Lunatic asylums in Bengal annual reports 1888-1898 - 1888-1898
Year: 1888
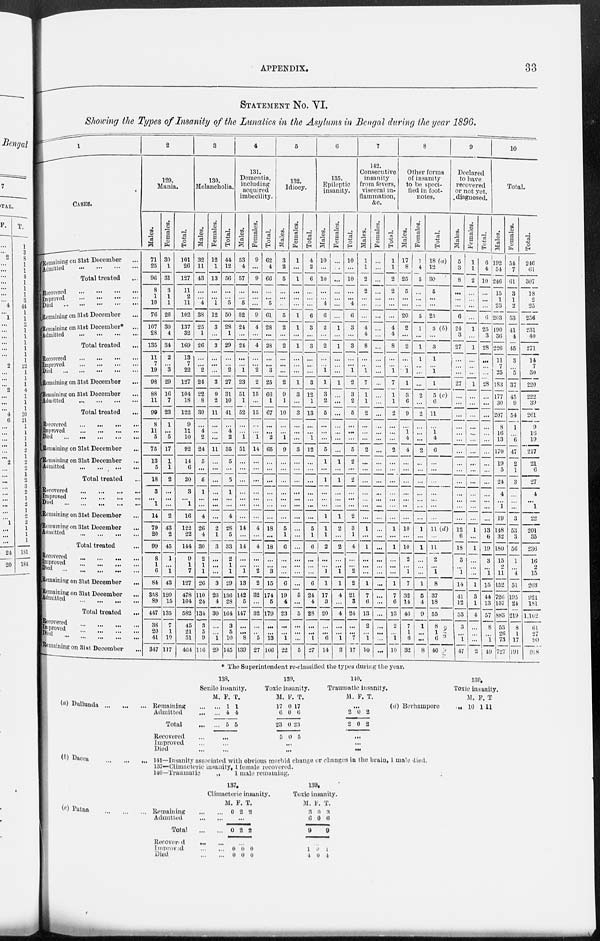
APPENDIX.
33
STATEMENT No. VI.
Showing the Types of Insanity of the Lunatics in the Asylums in Bengal during the year 1896.
CASES.
Remaining on 31st December
...
Admitted
...
...
...
...
Total treated ...
Recovered
...
...
...
...
Improved
...
...
...
...
Died
...
...
...
...
...
Remaining on 31st December
...
Remaining on 31st December*
...
Admitted
...
...
...
...
Total treated ...
Recovered
...
...
...
...
Improved
...
...
...
...
Died
...
...
...
...
...
Remaining on 31st December ...
Remaining on 31st December ...
Admitted
...
...
...
...
Total treated ...
Recovered
...
...
...
...
Improved
...
...
...
...
Died
...
...
...
...
...
Remaining on 31st December ...
Remaining on 31st December ...
Admitted
...
...
...
...
Total treated ...
Recovered
...
...
...
...
Improved
...
...
...
...
Died
...
...
...
...
...
Remaining on 31st December ...
Remaining on 31st December ...
Admitted
...
...
...
...
Total treated ...
Recovered
...
...
...
...
Improved
...
...
...
...
Died
...
...
...
...
...
Remaining on 31 st December ...
Remaining on 31st December
...
Admitted
...
...
...
...
Total treated
...
Recovered ... ... ... ...
Improved ... ... ... ...
Died ... ... ... ... ...
Remaining on 31 st December ...
2
129.
Mania.
Males.
71
25
96
8
1
10
76
107
28
135
11
7
19
98
88
11
99
8
11
5
75
13
5
18
3
...
1
14
79
20
99
8
1
6
84
358
89
447
38
20
41
347
Females.
30
1
31
3
1
1
26
30
4
34
2
... 3
29
16
7
23
1
...
5
17
1
1
2
...
...
...
2
43
2
45
1
...
1
43
120
15
135
7
1
19
117
Total.
101
26
127
11
2
11
102
137
32
169
13
7
22
127
104
18
122
9
11
10
92
14
6
20
3
... 1
16
122
22
144
9
1
7
127
478
104
582
45
21
51
464
3
130.
Melancholia.
Males.
32
11
43
...
...
4
38
25
1
26
...
... 2
24
22
8
30
...
4
2
24
5
...
5
1
...
...
4
26
4
30
2
1
1
26
110
24
134
3
5
9
116
Females.
12
1
13
...
...
1
12
3
...
3
...
...
...
3
9
2
11
...
...
...
11
...
...
...
...
...
...
...
2
1
3
...
...
...
3
26
4
30
...
...
1
29
Total.
44
12
56
...
...
5
50
28
1
29
...
... 2
27
31
10
41
...
4
2
35
5
...
5
1
...
...
4
28
5
33
2
1
1
29
136
28
164
3
5
10
145
4
131.
Dementia,
including
acquired
imbecility.
Males.
53
4
57
...
...
5
52
24
...
24
...
... 1
23
51
1
52
...
...
1
51
...
...
...
...
...
...
...
14
...
14
...
...
1
13
142
5
147
...
...
8
139
Females.
9
...
9
...
...
...
9
4
...
4
...
... 2
2
15
...
15
...
...
1
14
...
...
...
...
...
...
...
4
...
4
...
...
2
2
32
...
32
...
...
5
27
Total.
62
4
66
...
...
5
61
28
...
28
...
... 3
25
66
1
67
...
...
2
65
...
...
...
...
...
...
...
18
...
18
...
...
3
15
174
5
179
...
...
13
166
5
132.
Idiocy.
Males.
3
2
5
...
...
...
5
2
...
2
...
...
...
2
9
1
10
...
...
1
9
...
...
...
...
...
...
...
5
1
6
...
...
...
6
19
4
23
...
...
1
22
Females.
1
...
1
...
...
...
1
1
...
1
...
...
...
1
3
...
3
...
...
...
3
...
...
...
...
...
...
...
...
...
...
...
...
...
...
5
...
5
...
...
...
5
Total.
4
2
6
...
...
...
6
3
...
3
...
...
...
3
12
1
13
...
...
1
12
...
...
...
...
...
...
...
5
1
6
...
...
...
6
24
4
28
...
...
1
27
6
135.
Epileptic
insanity.
Males.
10
...
10
...
...
4
6
2
...
2
...
...
1
1
3
2
5
...
...
...
5
1
...
1
...
...
...
1
1
1
2
...
...
1
1
17
3
20
...
...
6
14
Females.
...
...
...
...
...
...
...
1
...
1
...
...
...
1
...
...
...
...
...
...
...
1
...
1
...
...
...
1
2
...
2
...
...
1
1
4
...
4
...
...
1
3
Total.
10
...
10
...
...
4
6
3
...
3
...
... 1
2
3
2
5
...
...
...
5
2
...
2
...
...
...
2
3
1
4
...
...
2
2
21
3
24
...
...
7
17
7
142.
Consecutive
insanity
from fevers,
visceral in-
flammation,
&c.
Males.
1
1
2
2
...
...
...
4
4
8
...
... 1
7
1
1
2
...
...
...
2
...
...
...
...
...
...
...
1
...
1
...
...
...
1
7
6
13
2
...
1
10
Females.
...
...
...
...
...
...
...
...
...
...
...
...
...
...
...
...
...
...
...
...
...
...
...
...
...
...
...
...
...
...
...
...
...
...
...
...
...
...
...
...
...
...
Total.
1
1
2
2
...
...
...
4
4
8
...
... 1
7
1
1
2
...
...
...
2
...
...
...
...
...
...
...
1
...
1
...
...
...
1
7
6
13
2
...
1
10
8
Other forms
of insanity
to be speci-
fied in foot-
notes.
Males.
17
8
25
5
...
...
20
2
...
2
...
...
1
1
3
6
9
...
1
4
4
...
...
...
...
...
...
...
10
...
10
2
...
1
7
32
14
46
7
1
6
32
Females.
1
4
5
...
...
...
5
1
...
1
1
...
...
...
2
...
2
...
...
...
2
...
...
...
...
...
...
...
1
...
1
...
...
...
1
5
4
9
1
...
...
8
Total.
18 (a)
12
30
5
...
...
25
3 (b)
...
3
1
...
1
1
5 (c)
6
11
...
1 4
6
...
...
...
...
...
...
...
11 (d)
...
11
2
...
1
8
37
18
55
8
1
6
40
9
Declared
to have
recovered
or not yet.
diagnosed.
Males.
5
3
8
...
...
...
6
24
3
27
...
...
...
27
...
...
...
...
... ...
...
...
...
...
...
...
...
...
12
6
18
3
...
1
14
41
12
53
3
...
1
47
Females.
1
1
2
...
...
...
...
1
...
1
...
...
...
1
...
...
...
...
...
...
...
...
...
...
...
...
...
...
1
...
1
...
...
...
1
3
1
4
...
...
...
2
Total.
6
4
10
...
...
...
6
25
3
28
...
...
...
28
...
...
...
...
...
...
...
...
...
...
...
...
...
...
13
6
19
3
...
1
15
44
13
57
8
...
1
49
10
Total.
Males.
192
54
246
15
1
23
203
190
36
226
11
7
25
183
177
30
207
8
16
13
170
19
5
24
4
... 1
19
148
32
180
15
2
11
152
726
157
883
53
26 73
727
Females.
54
7
61
3
1
2
53
41
4
45
3
...
5
37
45
9
54
1
...
6
47
2
1
3
...
...
...
3
53
3
56
1
...
4
51
195
24
219
8
1
17
191
Total.
246
61
307
18
2
25
256
231
40
271
14
7
30
220
222
39
261
9
16
19
217
21
6
27
4
... 1
22
201
35
236
16
2
15
203
921
181
1,102
61
27
90
918
* The Superintendent re-classified the types during the year.
(a) Dullunda
...
...
... Remaining ...
Admitted ...
Total ...
Recovered ...
Improved ...
Died ...
138.
Senile insanity.
M.
...
...
...
F.
1
4
5
T.
1
4
5
...
...
...
139.
Toxic insanity.
M.
17
6
23
5
F.
0
0
0
0
T.
17
6
23
5
...
...
140.
Traumatic insanity.
M. F. T.
...
2
2
0
0
2
2
...
...
...
(d) Berhampore ...
139.
Toxic insanity.
M.
10
F.
1
T
11
(b) Dacca ... ... ...
141—Insanity associated with obvious morbid change or changes in the brain, 1 male died.
137—Climacteric insanity, 1 female recovered.
140— Traumatic
„
1 male remaining.
(c) Patna ... ... ...
Remaining ... ...
Admitted ... ...
Total
...
Recovered
... ...
Improved ... ...
Died ... ...
137.
Climacteric' insanity.
M.
0
F.
2
T.
2
...
0 2 2
...
0
0
0
0
0
0
139.
Toxic insanity.
M.
3
6
9
F.
0
0
T.
3
6
9
...
1
4
0
0
1
4